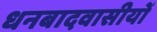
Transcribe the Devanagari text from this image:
धनबादवासीयों